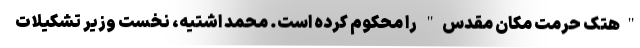
"هتک حرمت مکان مقدس" را محکوم کرده است. محمد اشتیه، نخست وزیر تشکیلات